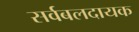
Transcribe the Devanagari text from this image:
सर्वबलदायक